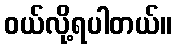
ဝယ်လို့ရပါတယ်။